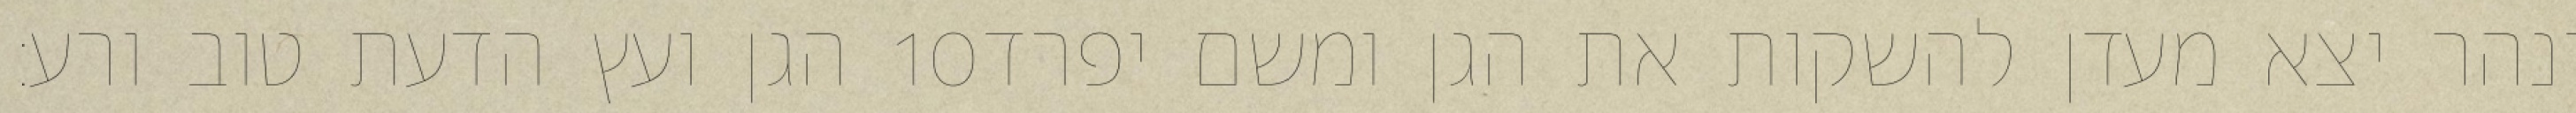
הגן ועץ הדעת טוב ורע׃ ‎10‏ ונהר יצא מעדן להשקות את הגן ומשם יפרד